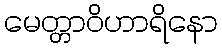
မေတ္တာဝိဟာရိနော